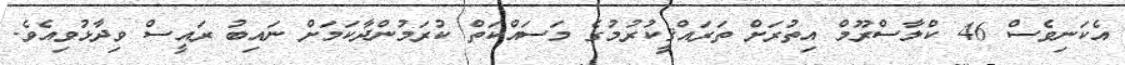
އެކަނިވެސް 46 ކްލާސްރޫމް އިތުރަށް ތަރައްޤީކުރުމުގެ މަސައްކަތް ކުރަމުންދާކަމަށް ނައިބު ރައީސް ވިދާޅުވިއެވެ.